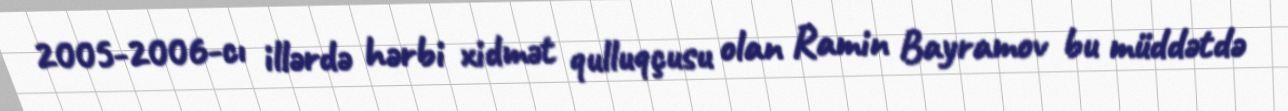
2005-2006-cı illərdə hərbi xidmət qulluqçusu olan Ramin Bayramov bu müddətdə